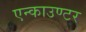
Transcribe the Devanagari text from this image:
एन्काउण्टर